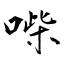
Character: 喍